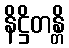
နိဋ္ဌိတန္တိ